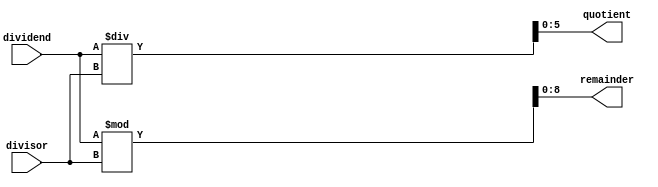
`ifdef FivePortDivider
module dividerRemainder(dividend, divisor,quotient,remainder,DividendMinusremainder );
`else
`endif
module dividerRemainder(dividend, divisor,quotient,remainder );
parameter dividendWidth=10;
parameter divisorWidth =9;
parameter quotientWidth=6;
parameter remainderWidth=9;
input [dividendWidth-1:0] dividend;
input [divisorWidth-1:0] divisor;
//----------------------------
output [quotientWidth-1:0]quotient;
output [remainderWidth-1:0] remainder ;
`ifdef FivePortDivider
output [dividendWidth-1:0] DividendMinusremainder ;
reg [dividendWidth-1:0] DividendMinusremainder ;
`endif
reg [quotientWidth-1:0]quotient;
reg [remainderWidth-1:0] remainder ;
//-----------------------------------------------

`ifdef FivePortDivider
always @(dividend or remainder ) begin
	DividendMinusremainder =dividend-remainder;
end
`endif
//--------------------------------------------------
//TODO: Implement divider effiecinetly to share resource for quotient, remainder, //and DividendMinusremainder
always @(dividend or divisor  ) begin
	quotient<=(dividend/divisor);
	remainder<=(dividend%divisor);
	
end
endmodule